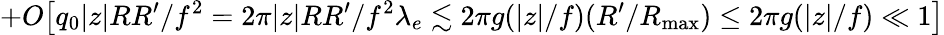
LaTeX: +O\big[q_{0}|z|RR^{\prime}/f^{2}=2\pi|z|RR^{\prime}/f^{2}\lambda_{e}\lesssim 2\pi g(|z|/f)(R^{\prime}/{R_{\mathrm{max}}})\le 2\pi g(|z|/f)\ll 1\big]